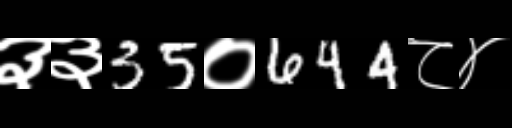
Text: ३३35०644८४